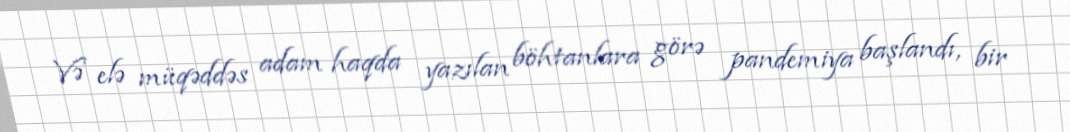
Və elə müqəddəs adam haqda yazılan böhtanlara görə pandemiya başlandı, bir